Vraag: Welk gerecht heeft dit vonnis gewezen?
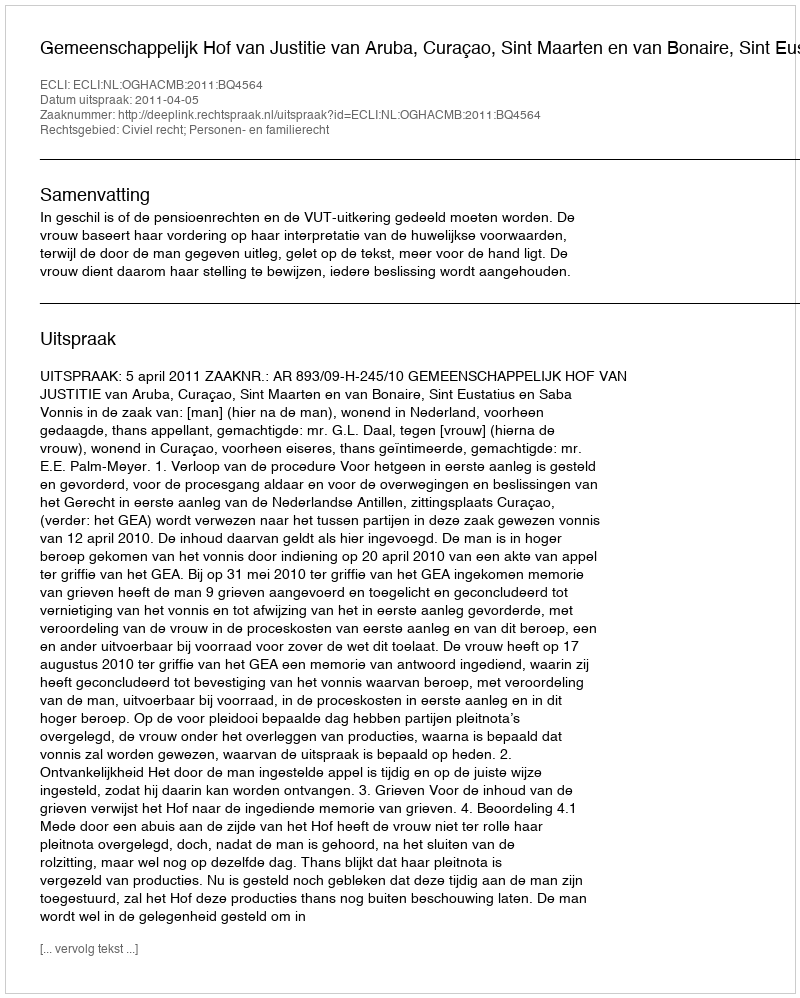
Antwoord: Gemeenschappelijk Hof van Justitie van Aruba, Curaçao, Sint Maarten en van Bonaire, Sint Eustatius en Saba